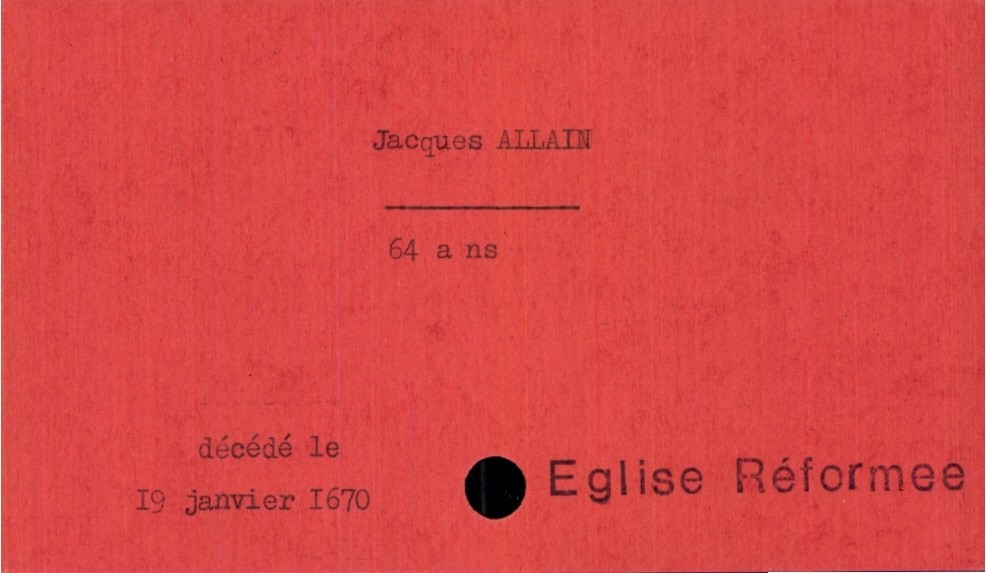
type_acte: Décès
année: 1670
mois: janvier
jour: 19
observations: Eglise Réformee
défunt_nom: Allain
défunt_prénom: Jacques
défunt_âge: 64 ans